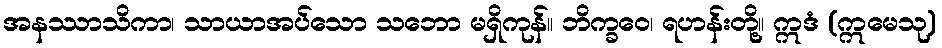
အနဿာသိကာ၊ သာယာအပ်သော သဘော မရှိကုန်။ ဘိက္ခဝေ၊ ရဟန်းတို့။ ဣဒံ (ဣမေသု)